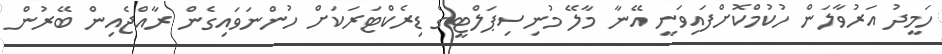
ހަމީދު އަރުވާލަން ހުކުމްކޮށްފައިވަނީ އޭނާ މާލޭ މުނިސިޕަލްޓީގެ ޑިރެކްޓަރަކަށް ހުންނަވައިގެން ރާއްޖެއިން ބޭރުން